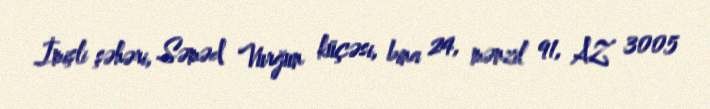
İmişli şəhəri, Səməd Vurğun küçəsi, bina 24, mənzil 91, AZ 3005